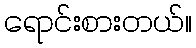
ရောင်းစားတယ်။